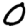
Digit: 0